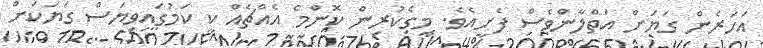
އަހަރެން ގަޔަށް އަތްލާންވެސް ފެށީއެވެ. މީގެކުރިން ކޮންމެ އެއްޗެއް ކީ ކަމުގައިވިޔަސް ގަޔަކަށް